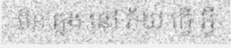
មិន ឆ្លង នៅ ភ័យ ធ្វើ អ្វី